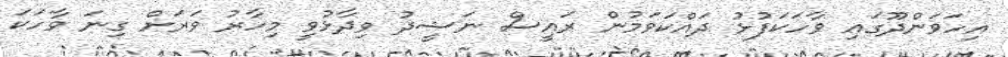
އިހަވަންދޫގައި ވާހަކަފުޅު ދައްކަވަމުން ރައީސް ނަޝީދު ވިދާޅުވީ މިހާރު ވަރަށް ގިނަ ވާހަކަ